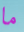
ما